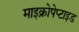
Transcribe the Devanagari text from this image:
माइक्रोपेप्टाइड